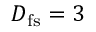
D _ { \mathrm { f s } } = 3